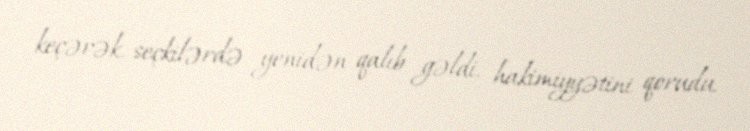
keçərək, seçkilərdə yenidən qalıb gəldi, hakimiyyətini qorudu.